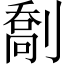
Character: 𫦙